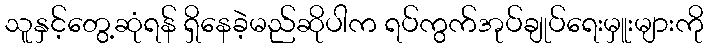
သူနှင့်တွေ့ဆုံရန် ရှိနေခဲ့မည်ဆိုပါက ရပ်ကွက်အုပ်ချုပ်ရေးမှူးများကို